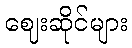
ဈေးဆိုင်များ